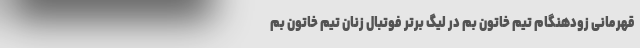
قهرمانی زودهنگام تیم خاتون بم در لیگ برتر فوتبال زنان تیم خاتون بم